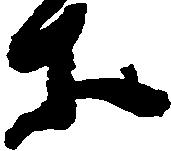
等